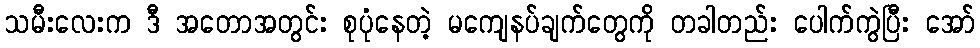
သမီးလေးက ဒီ အတောအတွင်း စုပုံနေတဲ့ မကျေနပ်ချက်တွေကို တခါတည်း ပေါက်ကွဲပြီး အော်